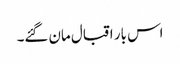
اس بار اقبال مان گئے۔